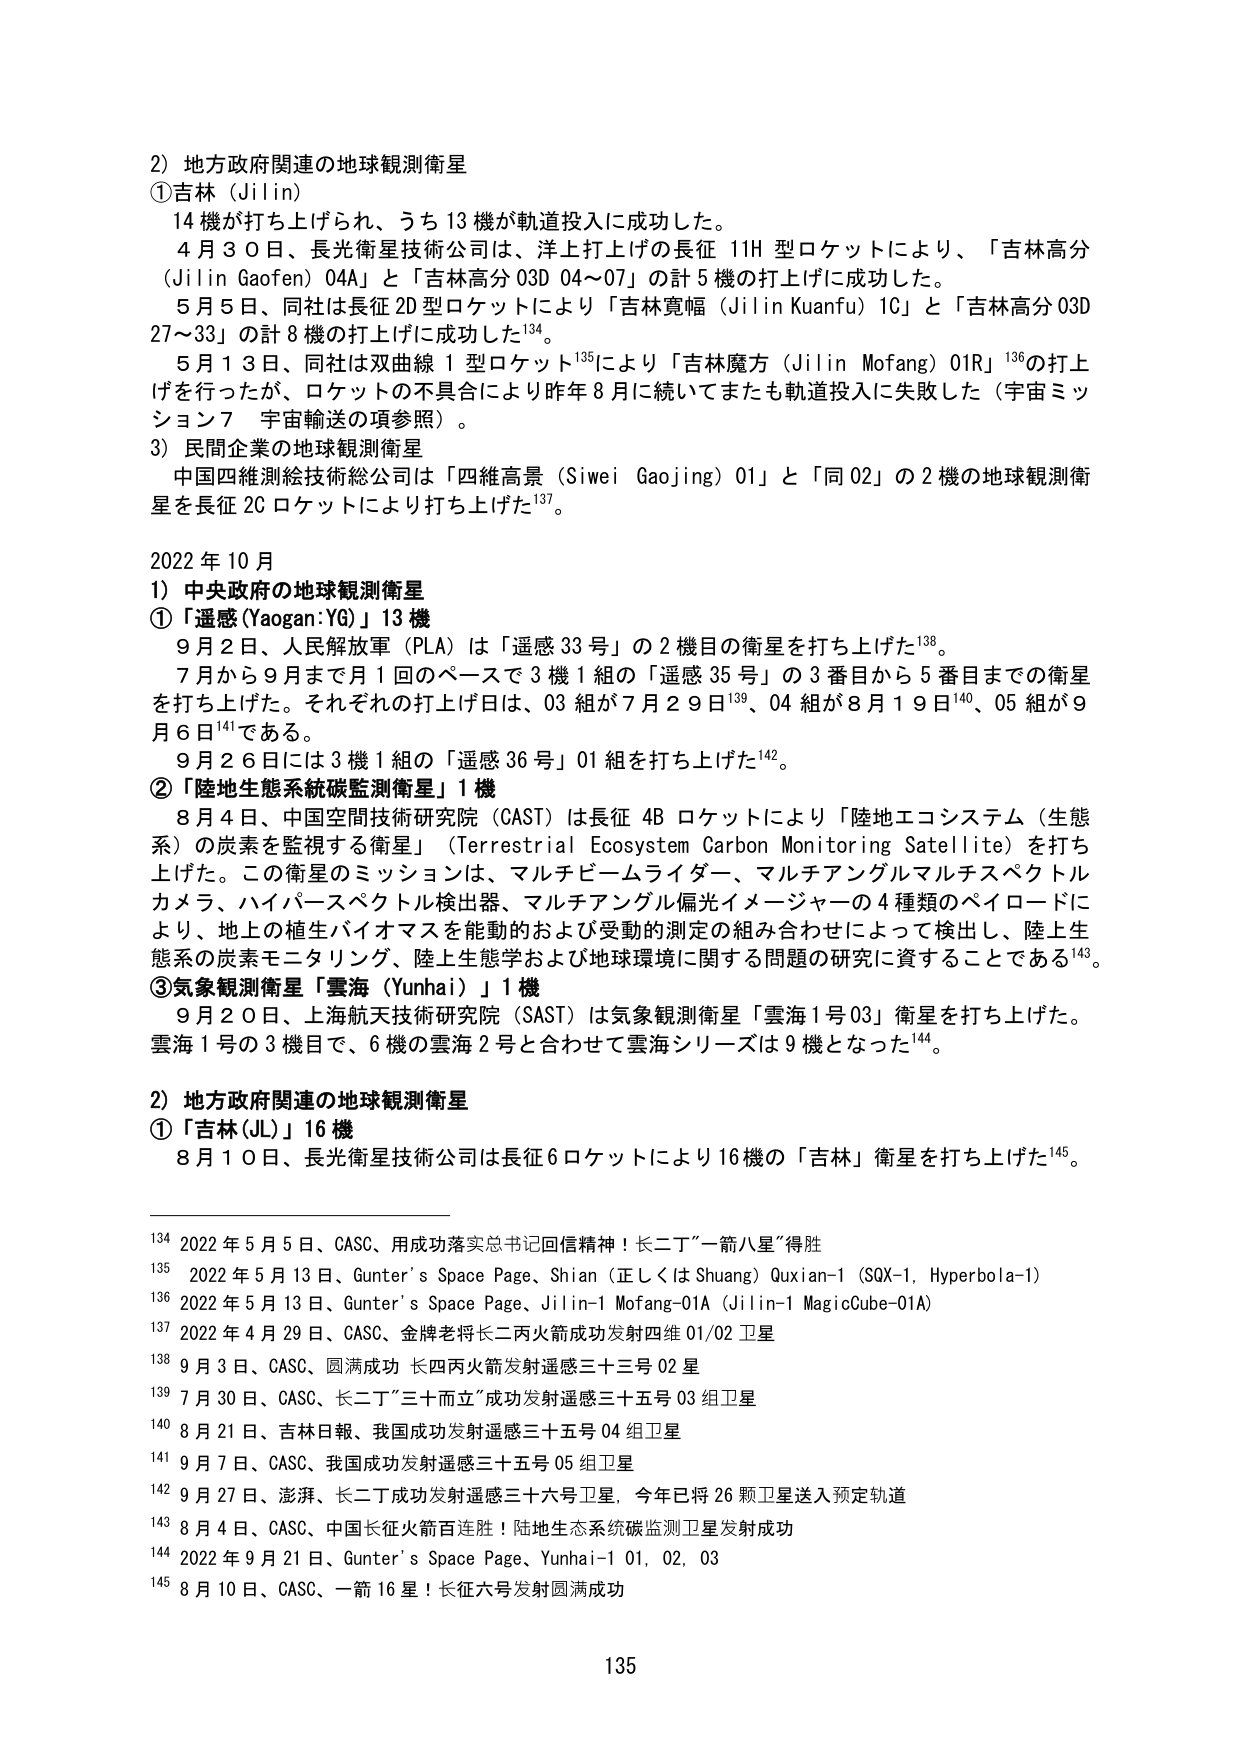
2）地方政府関連の地球観測衛星
① 吉林（Jilin）
　14機が打ち上げられ、うち13機が軌道投入に成功した。
　4月30日、長光衛星技術公司は、洋上打上げの長征11H型ロケットにより、「吉林高分（Jilin Gaofen）04A」と「吉林高分03D 04～07」の計5機の打上げに成功した。
　5月5日、同社は長征2D型ロケットにより「吉林寛幅（Jilin Kuanfu）1C」と「吉林高分03D 27～33」の計8機の打上げに成功した¹³⁴。
　5月13日、同社は双曲線1型ロケット¹³⁵により「吉林魔方（Jilin Mofang）01R」¹³⁶の打上げを行ったが、ロケットの不具合により昨年8月に続いてまたも軌道投入に失敗した（宇宙ミッション7 宇宙輸送の項参照）。

3）民間企業の地球観測衛星
　中国四維測絵技術総公司は「四維高景（Siwei Gaojing）01」と「同02」の2機の地球観測衛星を長征2Cロケットにより打ち上げた¹³⁷。

2022年10月
1）中央政府の地球観測衛星
①「遙感（Yaogan:YG）」13機
　9月2日、人民解放軍（PLA）は「遙感33号」の2機目の衛星を打ち上げた¹³⁸。
　7月から9月まで月1回のペースで3機1組の「遙感35号」の3番目から5番目までの衛星を打ち上げた。それぞれの打上げ日は、03組が7月29日¹³⁹、04組が8月19日¹⁴⁰、05組が9月6日¹⁴¹である。
　9月26日には3機1組の「遙感36号」01組を打ち上げた¹⁴²。
②「陸地生態系統炭監測衛星」1機
　8月4日、中国空間技術研究院（CAST）は長征4Bロケットにより「陸地エコシステム（生態系）の炭素を監視する衛星」（Terrestrial Ecosystem Carbon Monitoring Satellite）を打ち上げた。この衛星のミッションは、マルチビームライダー、マルチアングルマルチスペクトルカメラ、ハイパースペクトル検出器、マルチアングル偏光イメージャーの4種類のペイロードにより、地上の植生バイオマスを能動的および受動的測定の組み合わせによって検出し、陸上生態系の炭素モニタリング、陸上生態学および地球環境に関する問題の研究に資することである¹⁴³。
③気象観測衛星「雲海（Yunhai）」1機
　9月20日、上海航天技術研究院（SAST）は気象観測衛星「雲海1号03」衛星を打ち上げた。雲海1号の3機目で、6機の雲海2号と合わせて雲海シリーズは9機となった¹⁴⁴。

2）地方政府関連の地球観測衛星
①「吉林（JL）」16機
　8月10日、長光衛星技術公司は長征6ロケットにより16機の「吉林」衛星を打ち上げた¹⁴⁵。

¹³⁴ 2022年5月5日、CASC、用成功落实总书记回信精神！长二丁“一箭八星”得胜
¹³⁵ 2022年5月13日、Gunter’s Space Page、Shian（正しくはShuang）Quxian-1（SQX-1, Hyperbola-1）
¹³⁶ 2022年5月13日、Gunter’s Space Page、Jilin-1 Mofang-01A（Jilin-1 MagicCube-01A）
¹³⁷ 2022年4月29日、CASC、金牌老将长二丙火箭成功发射四维01/02卫星
¹³⁸ 9月3日、CASC、圆满成功 长四丙火箭发射遥感三十三号02星
¹³⁹ 7月30日、CASC、长二丁“三十而立”成功发射遥感三十五号03组卫星
¹⁴⁰ 8月21日、吉林日報、我国成功发射遥感三十五号04组卫星
¹⁴¹ 9月7日、CASC、我国成功发射遥感三十五号05组卫星
¹⁴² 9月27日、澎湃、长二丁成功发射遥感三十六号卫星，今年已将26颗卫星送入预定轨道
¹⁴³ 8月4日、CASC、中国长征火箭百连胜！陆地生态系统碳监测卫星发射成功
¹⁴⁴ 2022年9月21日、Gunter’s Space Page、Yunhai-1 01, 02, 03
¹⁴⁵ 8月10日、CASC、一箭16星！长征六号发射圆满成功

135